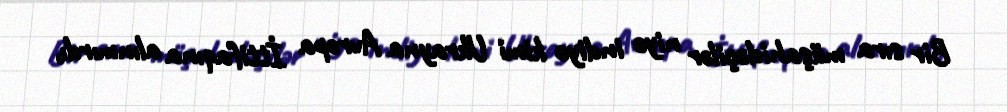
Bir sıra müşahidəçilər niyə indiyə kimi Ukrayna Avropa İttifaqına alınmırdı,